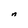
Character: n